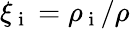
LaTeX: \xi_{\mathrm{~i~}}=\rho_{\mathrm{~i~}}/\rho